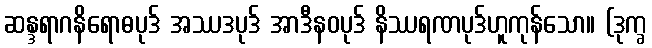
ဆန္ဒရာဂနိရောဓပုဒ် အဿဒပုဒ် အာဒီနဝပုဒ် နိဿရဏပုဒ်ဟူကုန်သော။ (ဒုက္ခ